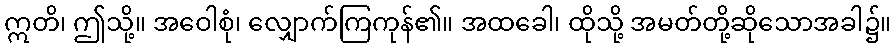
ဣတိ၊ ဤသို့။ အဝေါစုံ၊ လျှောက်ကြကုန်၏။ အထခေါ၊ ထိုသို့ အမတ်တို့ဆိုသောအခါ၌။